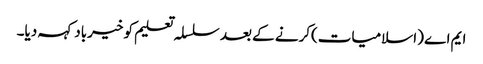
ایم اے (اسلامیات)کرنے کے بعد سلسلہ تعلیم کو خیرباد کہہ دیا۔